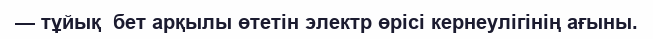
— тұйық  бет арқылы өтетін электр өрісі кернеулігінің ағыны.